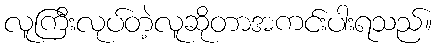
လူကြီးလုပ်တဲ့လူဆိုတာအကင်းပါးရသည်။